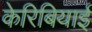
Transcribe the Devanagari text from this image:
केरिबियाई